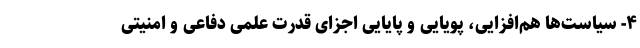
۴- سیاست‌ها هم­افزایی، پویایی و پایایی اجزای قدرت علمی دفاعی و امنیتی